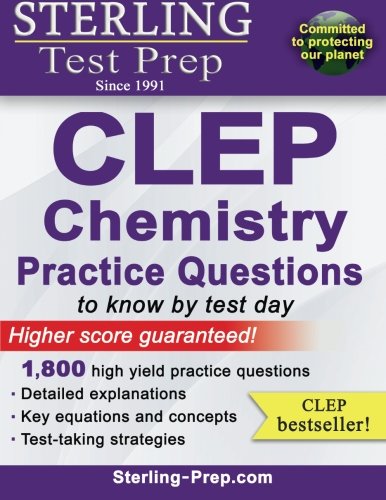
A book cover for Sterling Test Prep CLEP Chemistry Practice Questions: High Yield CLEP Chemistry Questions; Sterling Test Prep; Test Preparation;